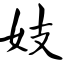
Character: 妓